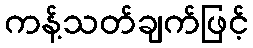
ကန့်သတ်ချက်ဖြင့်